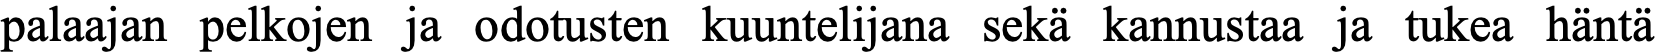
palaajan pelkojen ja odotusten kuuntelijana sekä kannustaa ja tukea häntä